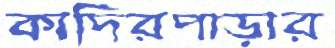
কাদিরপাড়ার